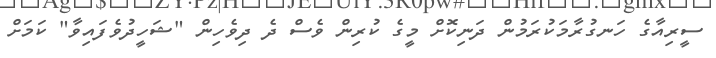
ސީރިއާގެ ހަނގުރާމަކުރަމުން ދަނިކޮށް މީގެ ކުރިން ވެސް ދެ ދިވެހިން "ޝަހީދުވެފައިވާ" ކަމަށް